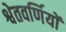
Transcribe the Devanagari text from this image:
श्वेतवर्णियों